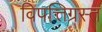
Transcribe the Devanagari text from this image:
विपत्तिग्रस्त